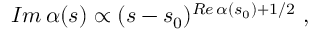
{ \cal I } m \, \alpha ( s ) \propto ( s - s _ { 0 } ) ^ { { \cal R } e \, \alpha ( s _ { 0 } ) + 1 / 2 } \ ,